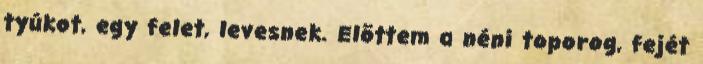
tyúkot, egy felet, levesnek. Elõttem a néni toporog, fejét